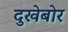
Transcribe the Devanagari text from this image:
दुखेबोर